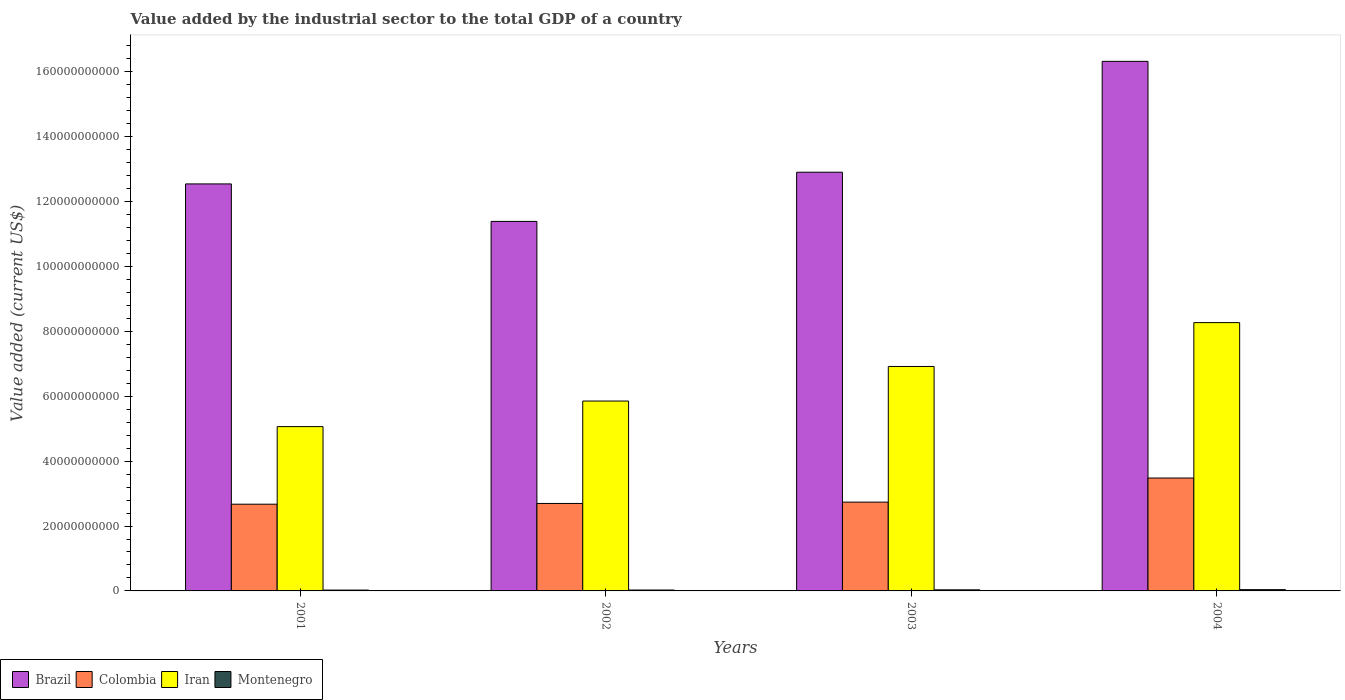
| Years | Brazil | Colombia | Iran | Montenegro |
 | --- | --- | --- | --- | --- |
 | 2001 | 1.25e+11 | 2.67e+10 | 5.06e+10 | 2.59e+08 |
 | 2002 | 1.14e+11 | 2.7e+10 | 5.85e+10 | 2.77e+08 |
 | 2003 | 1.29e+11 | 2.74e+10 | 6.92e+10 | 3.3e+08 |
 | 2004 | 1.63e+11 | 3.48e+10 | 8.27e+10 | 3.93e+08 |